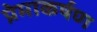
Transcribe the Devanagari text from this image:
प्रेमाकर्षण